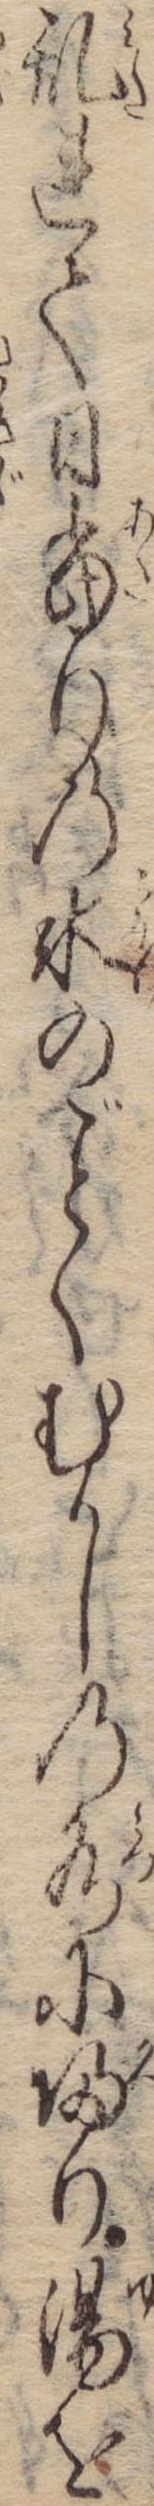
乱れて日当りの氷のくむかしの水に帰り湯を